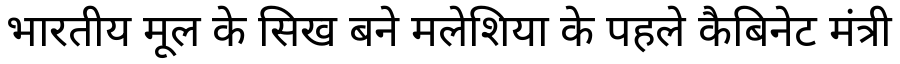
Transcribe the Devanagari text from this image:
भारतीय मूल के सिख बने मलेशिया के पहले कैबिनेट मंत्री